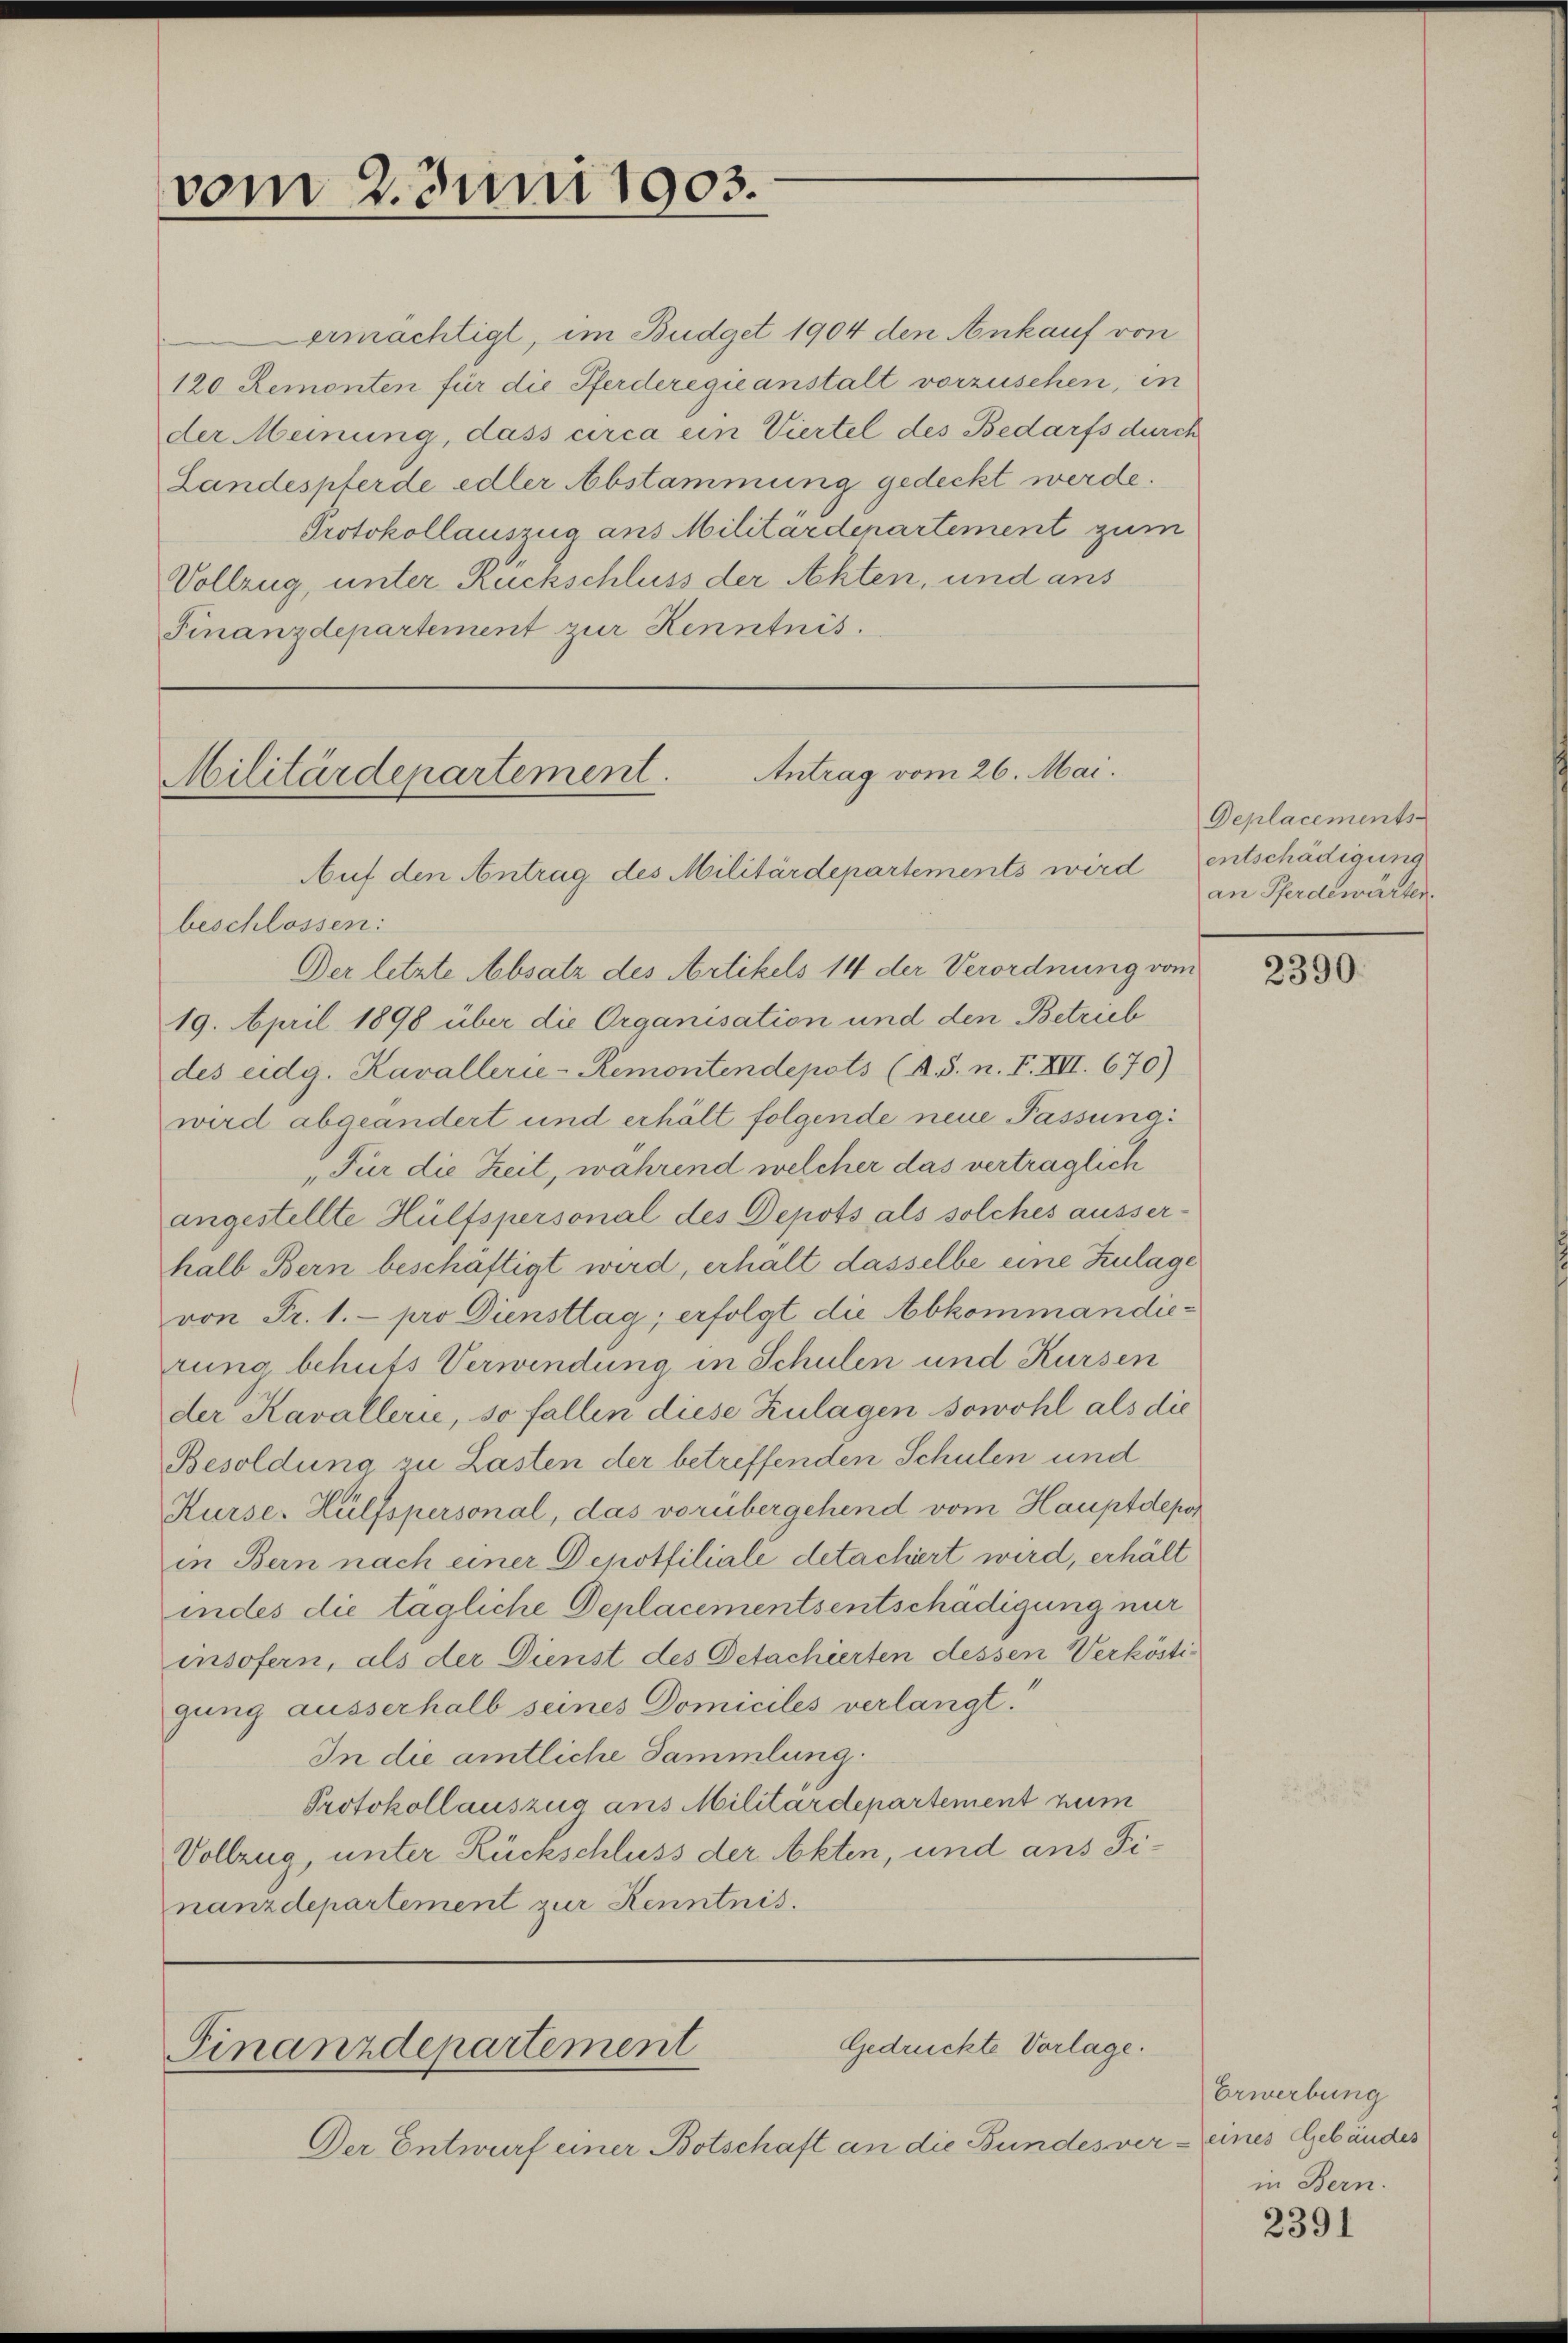
vom 2. Juni 1903.

ermächtigt, im Budget 1904 den Ankauf von
120 Remonten für die Pferderegie anstalt vorzusehen, in
der Meinung, dass circa ein Viertel des Bedarfs durch
Landespferde edler Abstammung gedeckt werde.
Protokollauszug aus Militärdepartement zum
Vollzug, unter Rückschluss der Akten, und ans
Finanzdepartement zur Kenntnis.

Antrag vom 26. Mai.
Militärdepartement.
Auf den Antrag des Militärdepartements wird entschädigung

beschlossen:
Der letzte Absatz des Artikels 14 der Verordnung vom
19. April 1898 über die Organisation und den Betrieb
des eidg. Kavallerie-Remontendepots (A.S. n. F. XII. 670)
wird abgeändert und erhält folgende neue Passung:
„Für die Zeit, während welcher das verträglich
angestellte Hülfspersonal des Depots als solches ausser-
halb Bern beschäftigt wird, erhalt dasselbe eine Zulage
von Fr. 1.- pro Diensttag, erfolgt die Abkommandierung behufs Verwendung in Schulen und Kursen
der Kavallerie, so fallen diese Zulagen sowohl als die
Besoldung zu Lasten der betreffenden Schulen und
Kurse Hülfspersonal, das vorübergehend vom Hauptdepos
in Bern nach einer Depotfiliale detachirt wird, erhält
indes die tägliche Deplacementsentschädigung nur
insofern, als der Dienst des Detachierten dessen Verköstigung ausserhalb seines Domiciles verlangt.
In die amtliche Sammlung.
Protokollauszug aus Militärdepartement zum
Vollzug, unter Rückschluss der Akten, und ans Finanzdepartement zur Kenntnis.

Gedrückte Vorlage.
Finanzdepartement

Der Entwurf einer Botschaft an die Bundes ver

Deplacements
an Pferdewärten.

2390.

Erwerbung
2 eines Gebäudes
in Bern.

2391